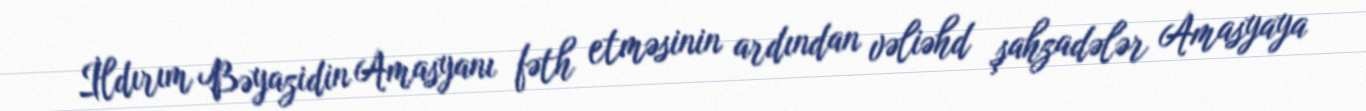
İldırım Bəyazidin Amasyanı fəth etməsinin ardından vəliəhd şahzadələr Amasyaya